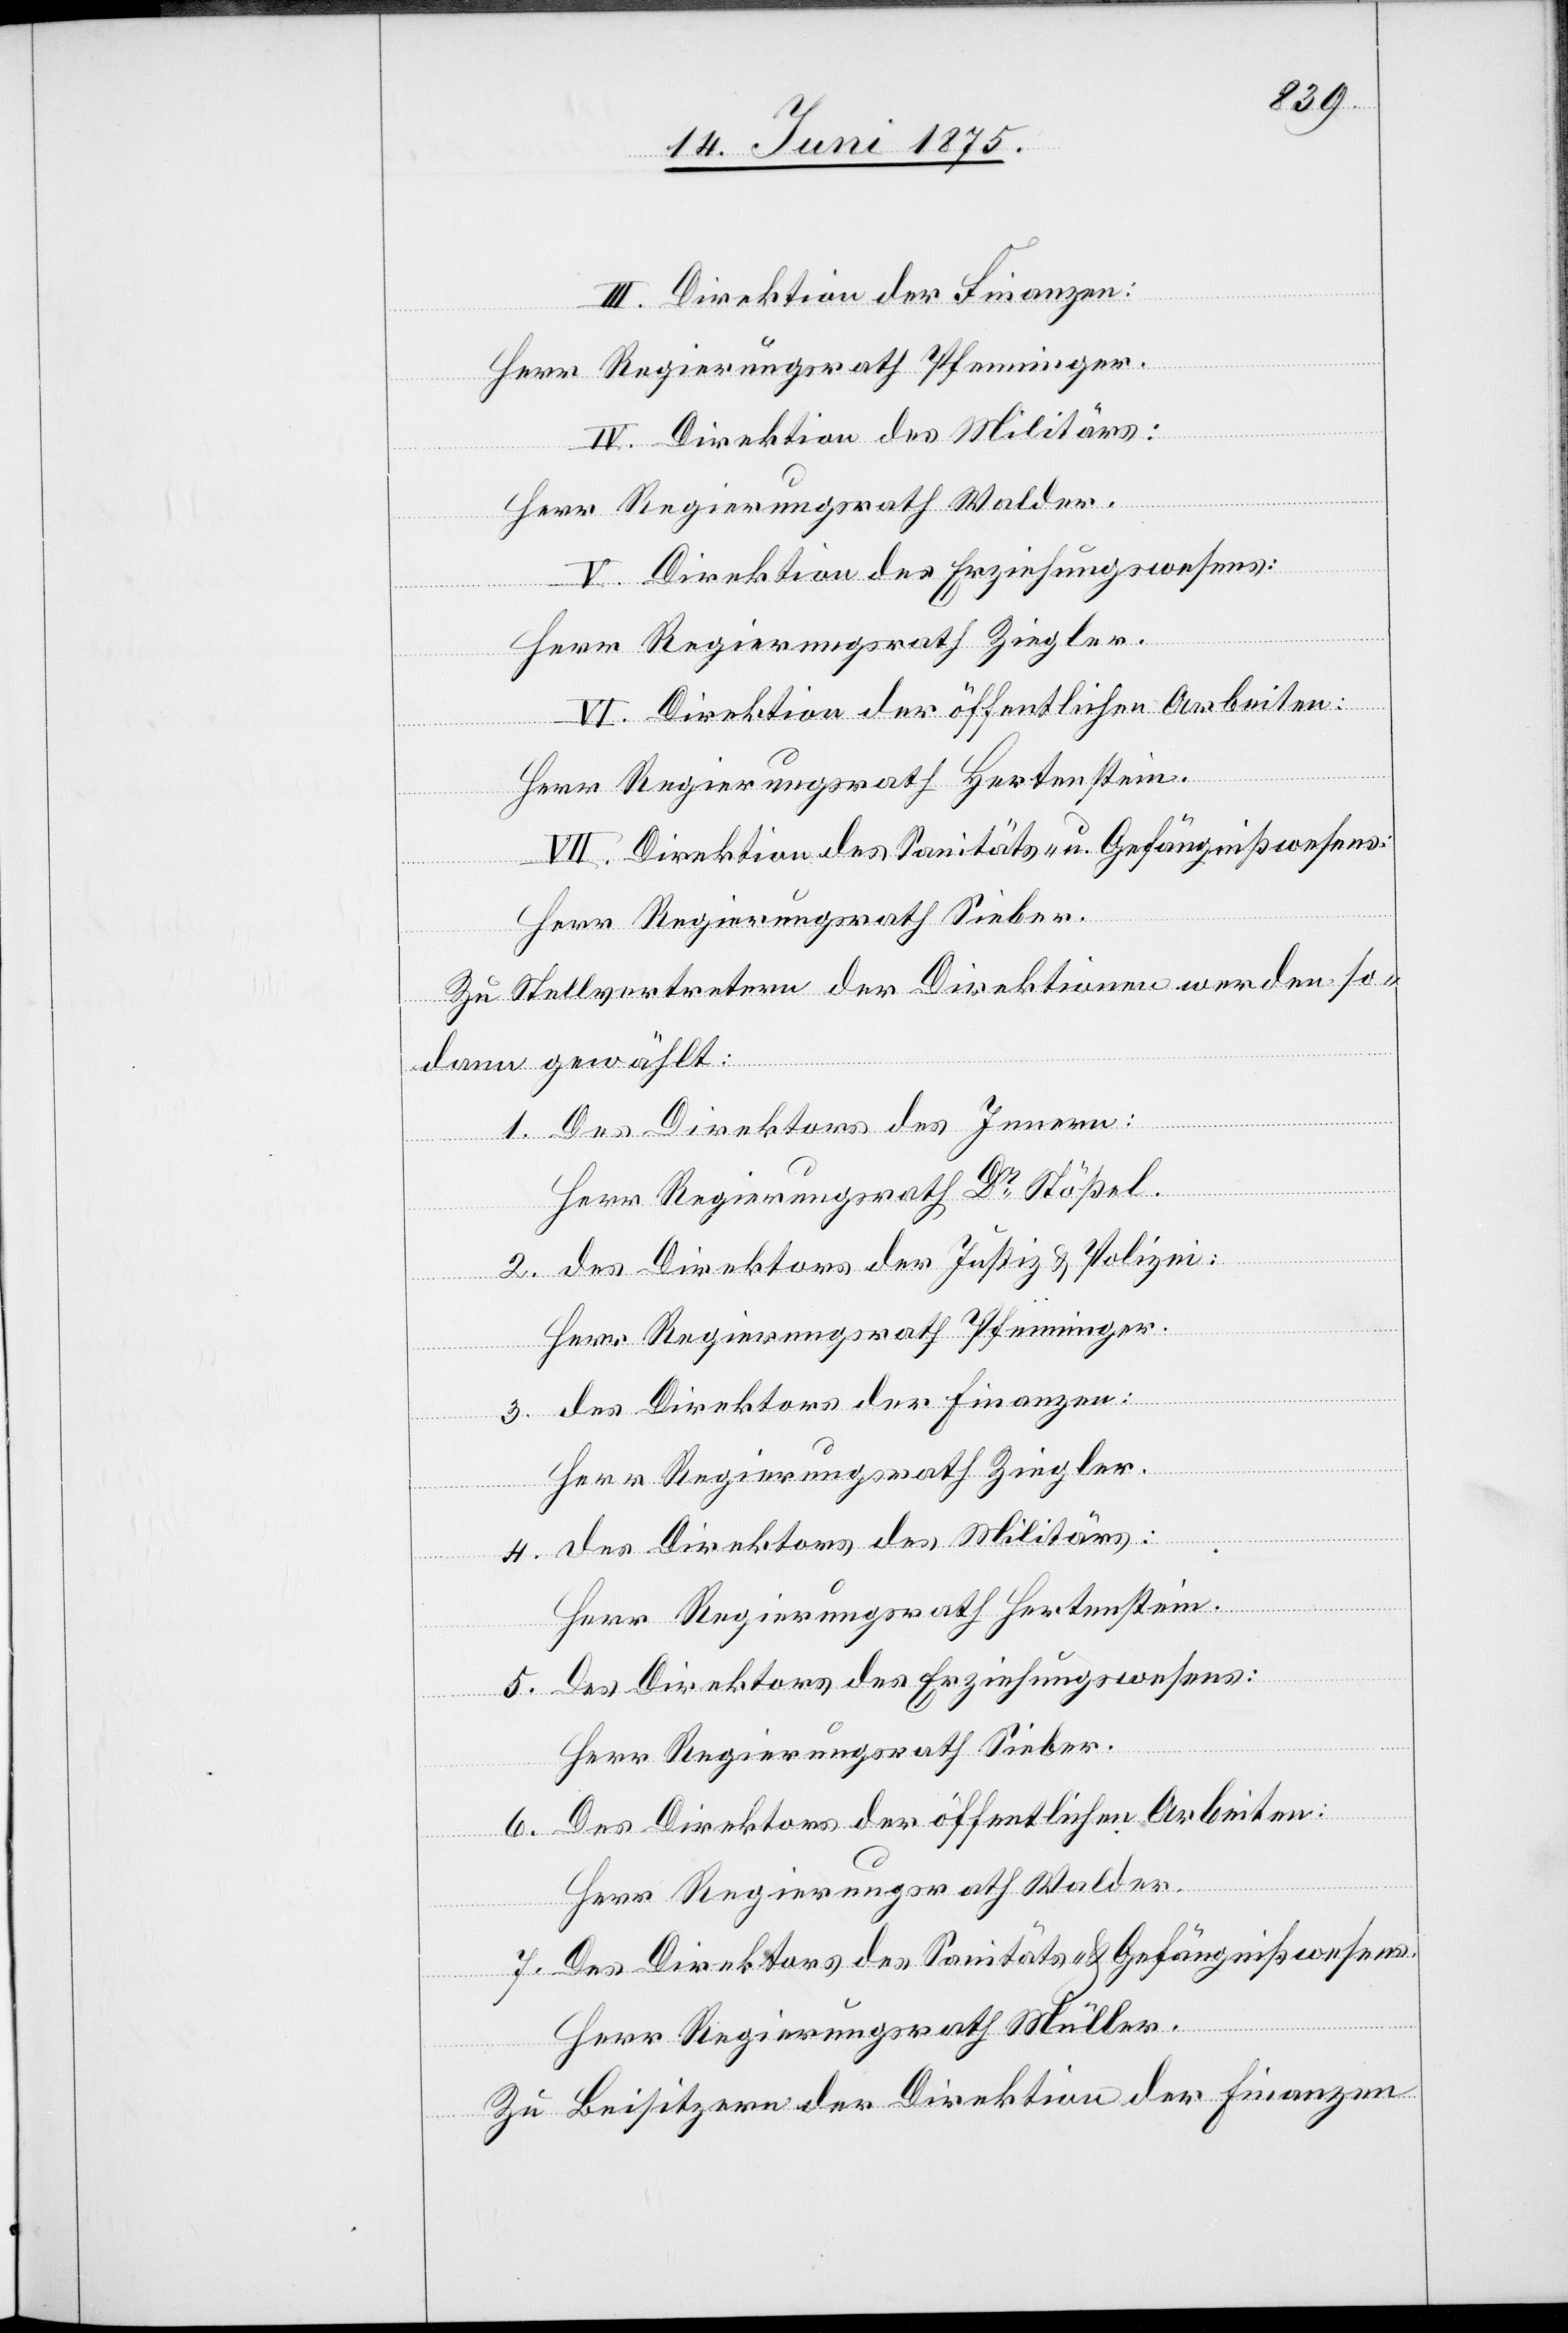
III. Direktion der Finanzen:
Herr Regierungsrath Pfenninger.
IV. Direktion des Militärs:
Herr Regierungsrath Walder.
V. Direktion des Erziehungswesens:
Herr Regierungsrath Ziegler.
VI. Direktion der öffentlichen Arbeiten:
Herr Regierungsrath Hertenstein.
VII. Direktion des Sanitäts- und Gefängnißwesens:
Herr Regierungsrath Sieber.
Zu Stellvertretern der Direktionen werden so¬
dann gewählt:
1. Des Direktors des Innern:
Herr Regierungsrath Dr Stößel.
2. des Direktors der Justiz & Polizei:
3. des Direktors der Finanzen:
Herr Regierungsrath Ziegler.
4. des Direktors des Militärs:
Herr Regierungsrath Hertenstein.
5. des Direktors des Erziehungswesens:
Herr Regierungsrath Sieber.
6. Des Direktors der öffentlichen Arbeiten:
Herr Regierungsrath Walder.
7. Des Direktors des Sanitäts- & Gefängnißwesens.
Herr Regierungsrath Müller.
Zu Beisitzern der Direktion der Finanzen